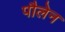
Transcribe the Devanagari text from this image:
पौलेन